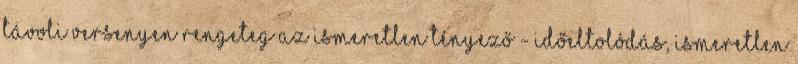
távoli versenyen rengeteg az ismeretlen tényező - időeltolódás, ismeretlen